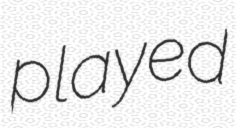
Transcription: played